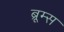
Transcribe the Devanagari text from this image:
ब्रूम्स